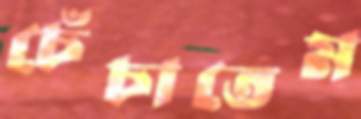
চেঁচাতেম